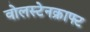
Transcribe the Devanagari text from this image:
वोलस्टेनक्राफ्ट